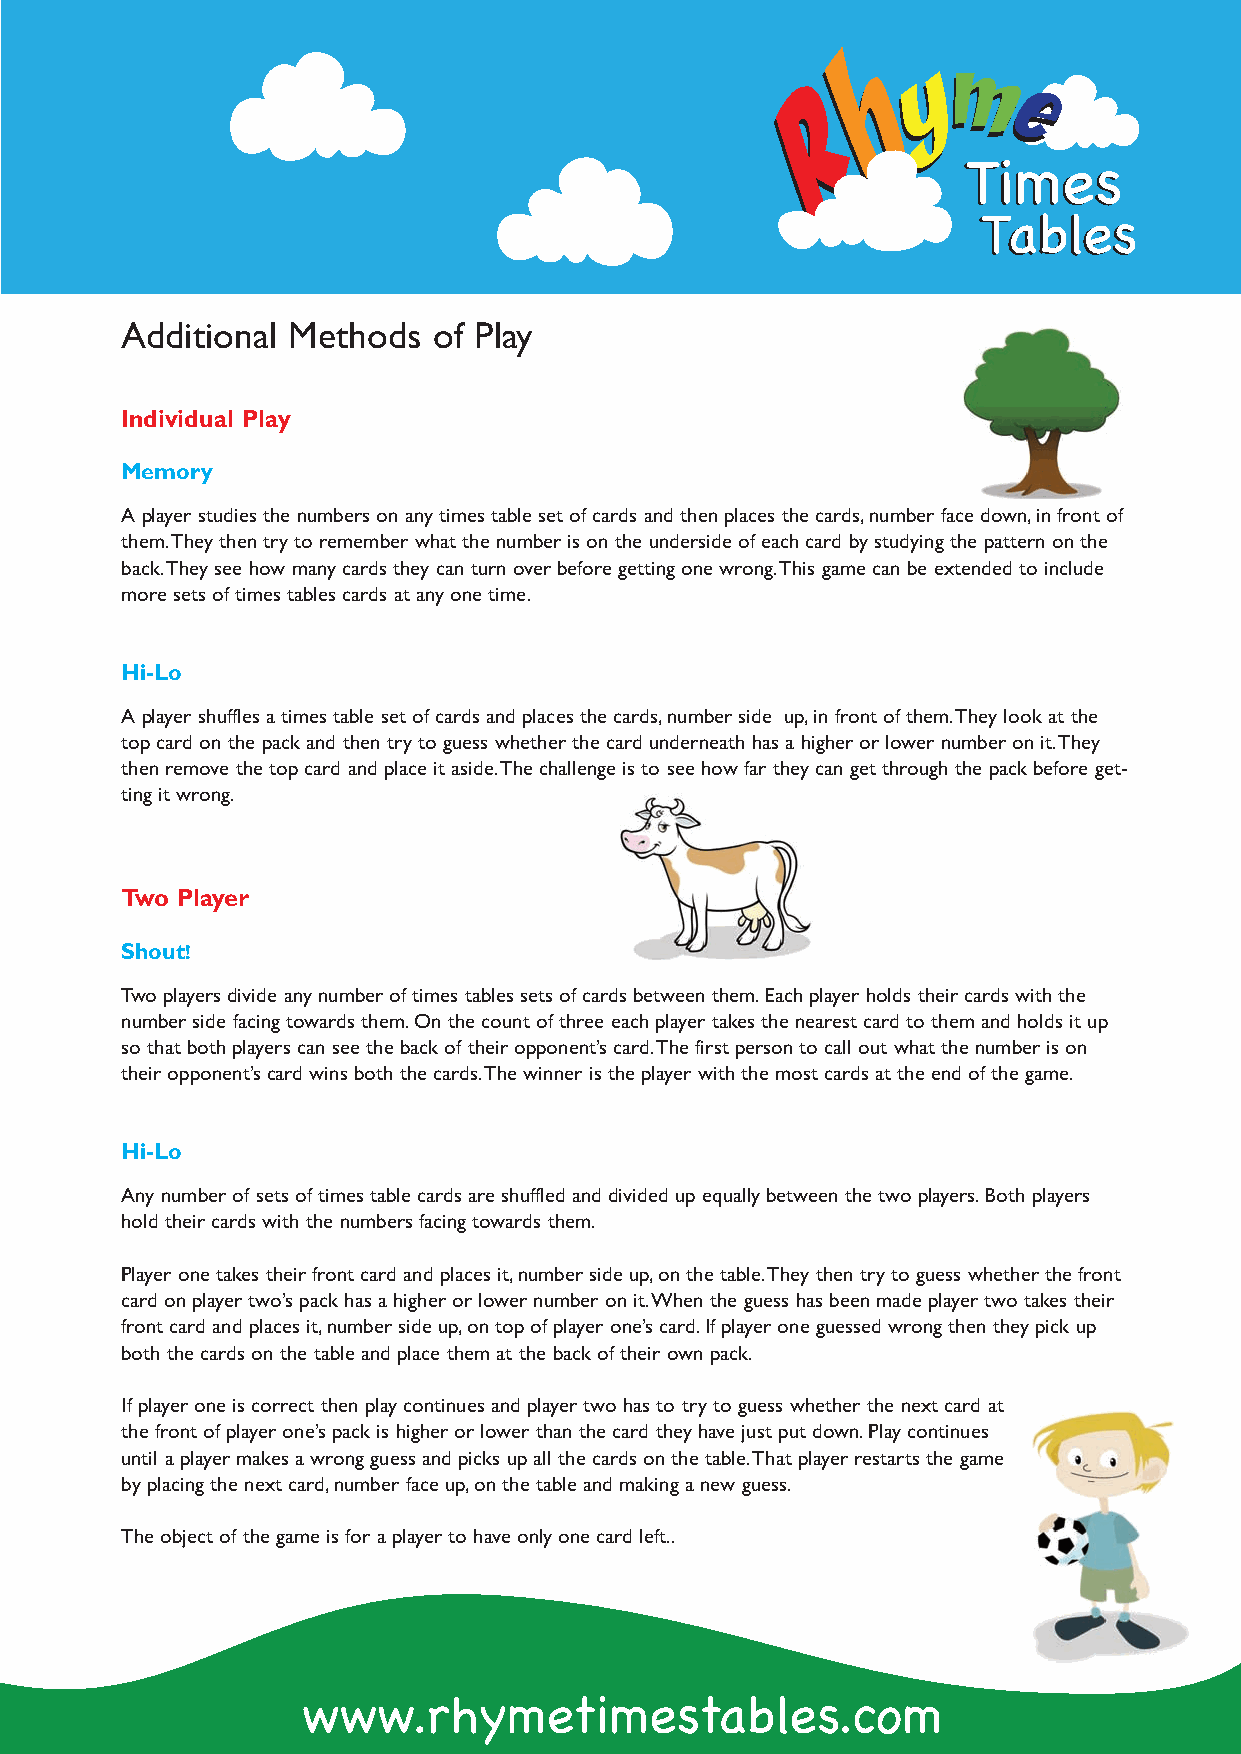
TTiimmeess
 TTaabblleess
 Additional Methods   of Play
 Individual Play
 Memory
 A player studies the numbers on any times table set of cards and then places the cards,number face down,in front of
 them.They then try to remember what the number is on the underside of each card by studying the pattern on the
 back.They see how many cards they can turn over before getting one wrong.This game can be extended to include
 more sets of times tables cards at any one time.
 Hi-Lo
 A player shuffles a times table set of cards and places the cards,number side up,in front of them.They look at the
 top card on the pack and then try to guess whether the card underneath has a higher or lower number on it.They
 then remove the top card and place it aside.The challenge is to see how far they can get through the pack before get-
 ting it wrong.
 Two Player
 Shout!
 Two players divide any number of times tables sets of cards between them.Each player holds their cards with the
 number side facing towards them.On the count of three each player takes the nearest card to them and holds it up
 so that both players can see the back of their opponent’s card.The first person to call out what the number is on
 their opponent’s card wins both the cards.The winner is the player with the most cards at the end of the game.
 Hi-Lo
 Any number of sets of times table cards are shuffled and divided up equally between the two players.Both players
 hold their cards with the numbers facing towards them.
 Player one takes their front card and places it,number side up,on the table.They then try to guess whether the front
 card on player two’s pack has a higher or lower number on it.When the guess has been made player two takes their
 front card and places it,number side up,on top of player one’s card.If player one guessed wrong then they pick up
 both the cards on the table and place them at the back of their own pack.
 If player one is correct then play continues and player two has to try to guess whether the next card at
 the front of player one’s pack is higher or lower than the card they have just put down.Play continues
 until a player makes a wrong guess and picks up all the cards on the table.That player restarts the game
 by placing the next card,number face up,on the table and making a new guess.
 The object of the game is for a player to have only one card left..
 www.rhymetimestables.com